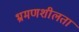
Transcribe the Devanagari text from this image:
भ्रमणशीलता